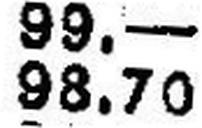
98.70